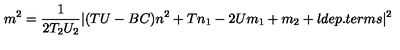
m ^ { 2 } = \frac { 1 } { 2 T _ { 2 } U _ { 2 } } | ( T U - B C ) n ^ { 2 } + T n _ { 1 } - 2 U m _ { 1 } + m _ { 2 } + l d e p . t e r m s | ^ { 2 }